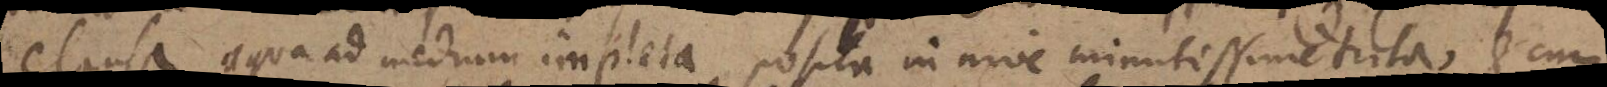
clausa, aqua ad medium impleta posita in nive minutissime trita et cum